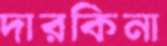
দারকিনা